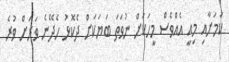
ކަމަށާއި މިއީ އެއްވެސް މީހަކަށް ނުވަތަ ބަޔަކަށް ދެކޮޅު ހެދޭނެ ވަރަށް ވުރެ